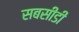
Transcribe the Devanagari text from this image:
सबसीडी